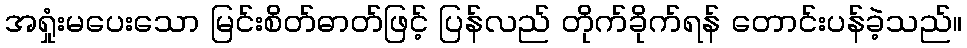
အရှုံးမပေးသော မြင်းစိတ်ဓာတ်ဖြင့် ပြန်လည် တိုက်ခိုက်ရန် တောင်းပန်ခဲ့သည်။